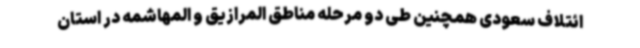
ائتلاف سعودی همچنین طی دو مرحله مناطق المرازیق و المهاشمه در استان